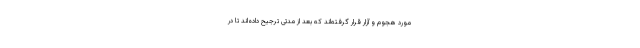
مورد هجوم و آزار قرار گرفته‌اند که بعد از مدتی ترجیح داده‌اند تا در